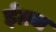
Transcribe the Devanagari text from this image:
ईंग्रज